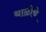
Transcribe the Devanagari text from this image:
थाळीचे